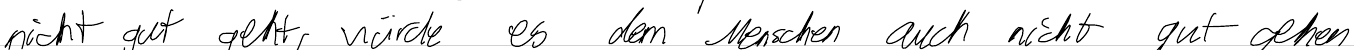
nicht gut geht, würde es dem Menschen auch nicht gut gehen